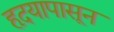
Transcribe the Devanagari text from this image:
हृदयापासून